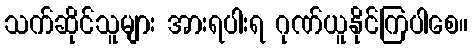
သက်ဆိုင်သူများ အားရပါးရ ဂုဏ်ယူနိုင်ကြပါစေ။